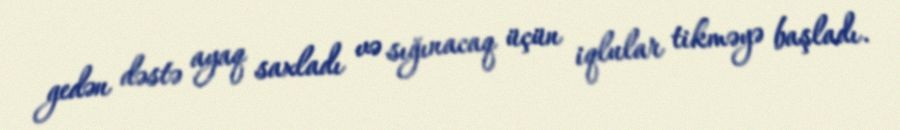
gedən dəstə ayaq saxladı və sığınacaq üçün iqlular tikməyə başladı.